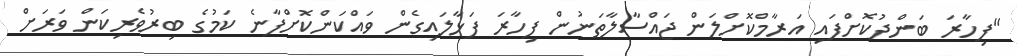
"ފިހާރަ ބަންދުކޮށްފައި އަރާމްކޮށްލަން ޖައްސާލާތަނުން ފިހާރަ ފަޅާލައިގެން ވައްކަންކޮށްފާނެ ކަމުގެ ބިރުވެރިކަން ވަރަށް